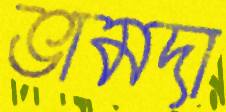
ভামদা